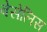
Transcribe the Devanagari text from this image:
बेसेलिस